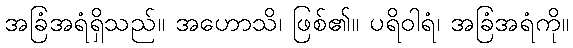
အခြံအရံရှိသည်။ အဟောသိ၊ ဖြစ်၏။ ပရိဝါရံ၊ အခြံအရံကို။